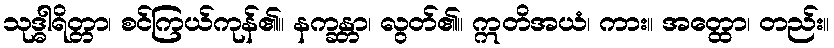
သုဒ္ဓါရိတ္တာ၊ စင်ကြယ်ကုန်၏။ နက္ခန္တာ၊ လွတ်၏။ ဣတိအယံ၊ ကား။ အတ္ထော၊ တည်း။